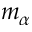
m _ { \alpha }